Vaccination Hyderabad 1890-1903 - 1890-1903
Year: 1890
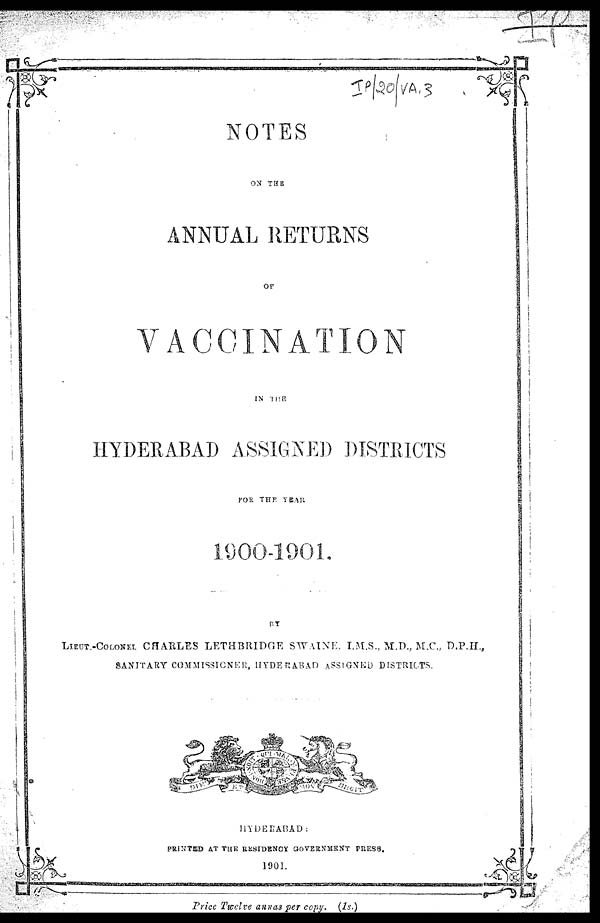
NOTES
ON THE
ANNUAL RETURNS
OF
VACCINATION
IN THE
HYDERABAD ASSIGNED DISTRICTS
FOR THE YEAR
1900-1901.
BY
LIEUT.-COLONEL CHARLES LETHBRIDGE SWAINE.. I.M.S., M.D., M.C., D.P.H.,
SANITARY COMMISSIONER, HYDERABAD ASSIGNED DTSTRICTS.
HYDERABAD :
PRINTED AT THE RESIDENCY GOVERNMENT PRESS.
1901.
Price Twelve annas per copy. (1s.)